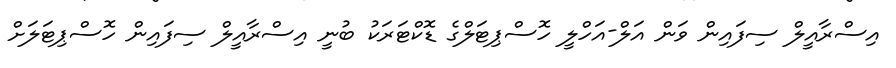
އިސްރާއީލް ސިފައިން ވަން އަލް-އަހްލީ ހޮސްޕިޓަލްގެ ޑޮކްޓަރަކު ބުނީ އިސްރާއީލް ސިފައިން ހޮސްޕިޓަލަށް